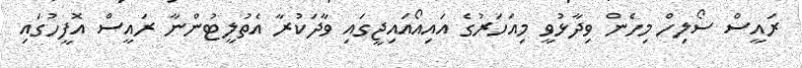
ރައީސް ސޯލިހް މިހެން ވިދާޅުވީ މިއަހަރުގެ އައިއޯއައިޖީގައި ވާދަކުރާ އެތުލީޓުންނާ ރައީސް އޮފީހުގައި